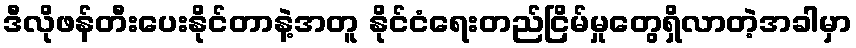
ဒီလိုဖန်တီးပေးနိုင်တာနဲ့အတူ နိုင်ငံရေးတည်ငြိမ်မှုတွေရှိလာတဲ့အခါမှာ